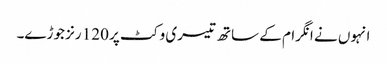
انہوں نے انگرام کے ساتھ تیسری وکٹ پر 120 رنز جوڑے۔